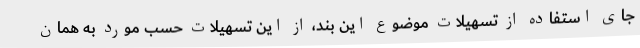
جای استفاده از تسهیلات موضوع این بند، از این تسهیلات حسب مورد به همان